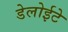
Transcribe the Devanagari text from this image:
डेलोईटे